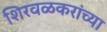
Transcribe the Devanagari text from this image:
शिरवळकरांच्या